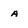
Character: a